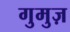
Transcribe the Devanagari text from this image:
गुमुज़